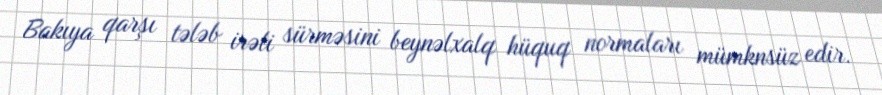
Bakıya qarşı tələb irəli sürməsini beynəlxalq hüquq normaları mümknsüz edir.